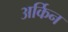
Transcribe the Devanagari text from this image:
अर्किन